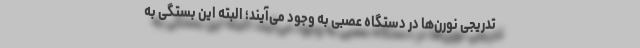
تدریجی نورن‌ها در دستگاه عصبی به وجود می‌آیند؛ البته این بستگی به